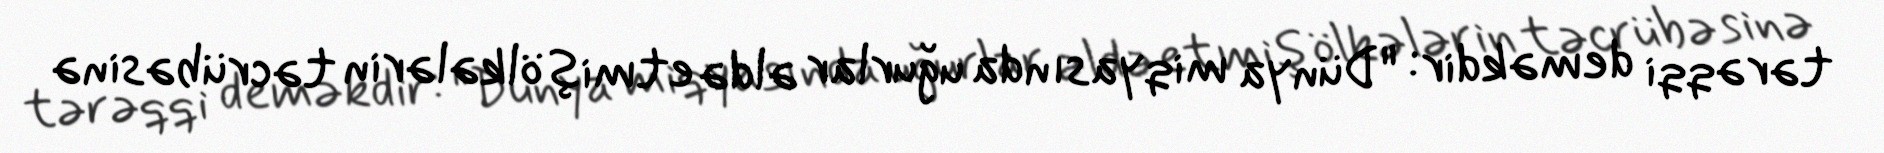
tərəqqi deməkdir: "Dünya miqyasında uğurlar əldə etmiş ölkələrin təcrübəsinə